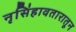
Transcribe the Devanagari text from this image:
नृसिंहावतारातून